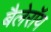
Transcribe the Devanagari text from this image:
बैलेरॉय